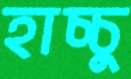
হাচ্চু